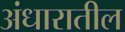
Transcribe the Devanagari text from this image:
अंधारातील